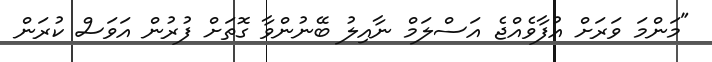
"މަންމަ ވަރަށް އުފާވެއްޖެ އަސްލަމް ނާއިލު ބޭނުންވާ ގޮތަށް ފުރުން އަވަސް ކުރަން